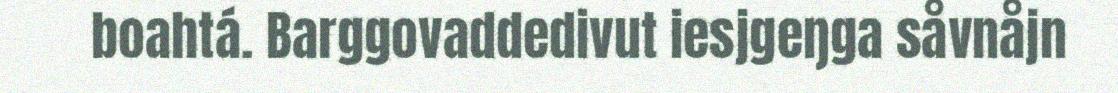
boahtá. Barggovaddedivut iesjgeŋga såvnåjn